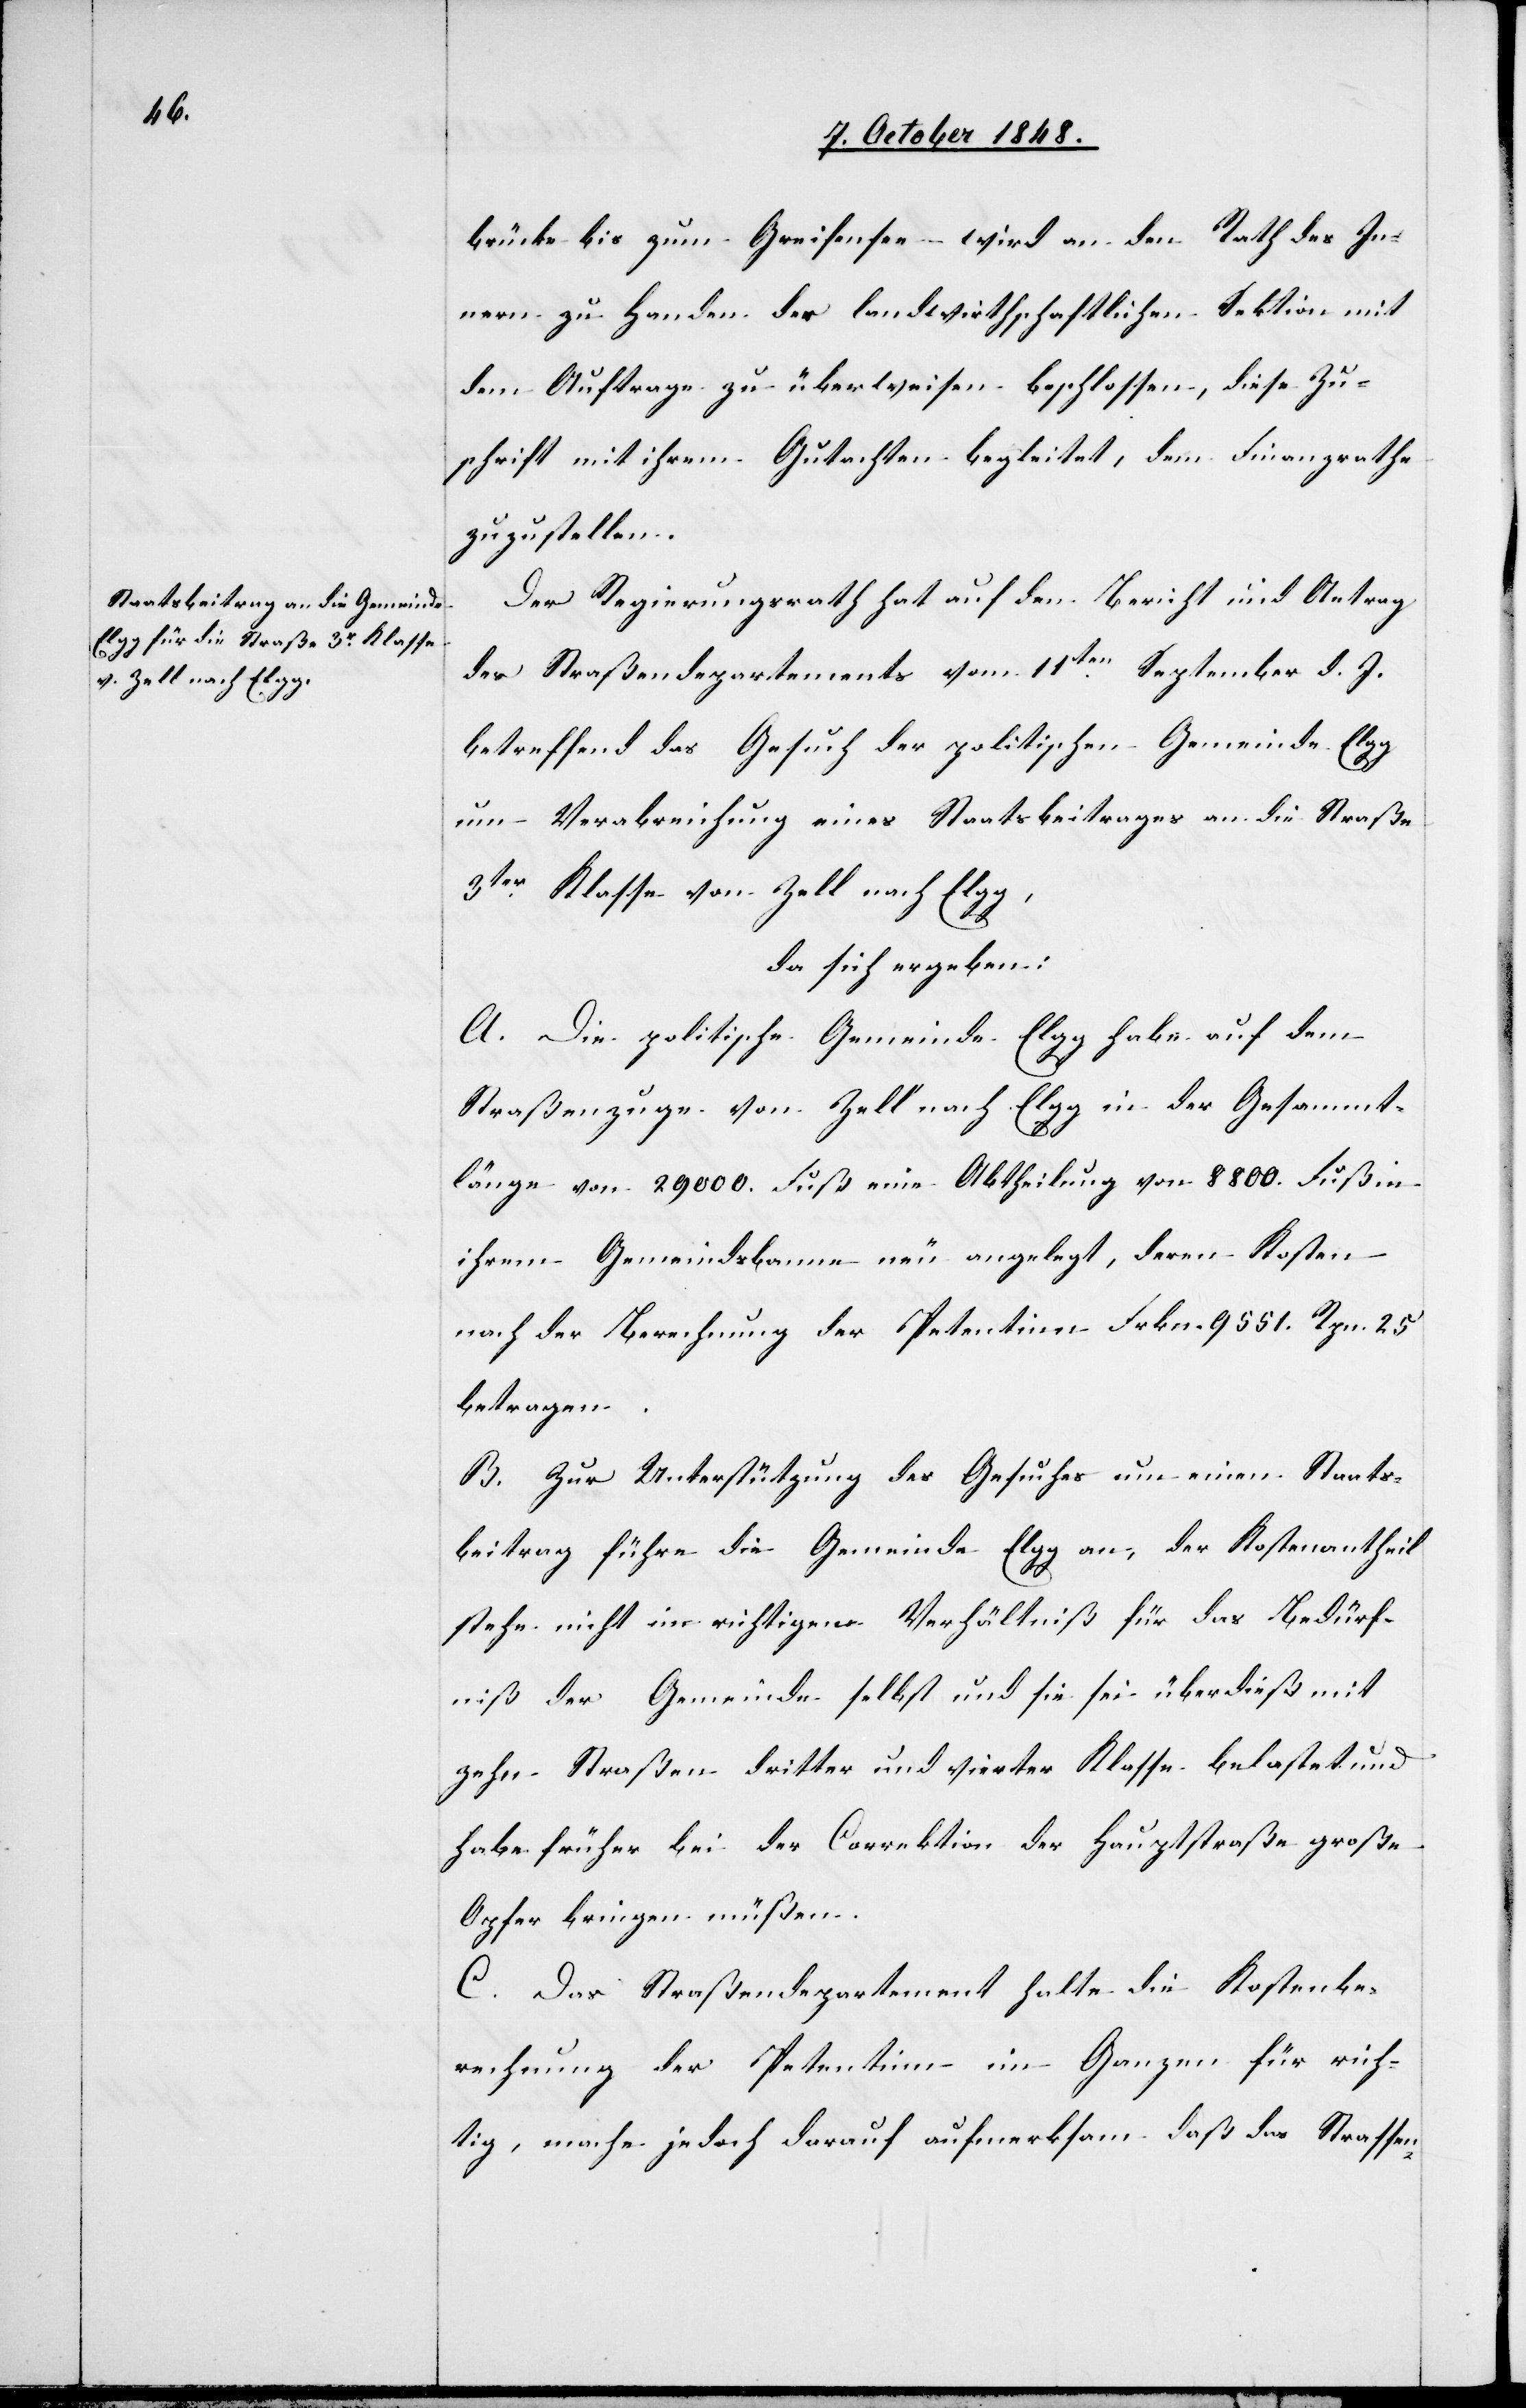
brücke bis zum Greifensee wird an den Rath des In¬
nern zu Handen der landwirthschaftlichen Sektion mit
dem Auftrage zu überweisen beschlossen, diese Zu¬
schrift mit ihrem Gutachten begleitet, dem Finanzrathe
zuzustellen.
Der Regierungsrath hat auf den Bericht und Antrag
des Straßendepartements vom 11ten September d. J.
betreffend das Gesuch der politischen Gemeinde Elgg
um Verabreichung eines Staatsbeitrages an die Straße
3ter Klasse von Zell nach Elgg,
da sich ergeben:
A. Die politische Gemeinde Elgg habe auf dem
Straßenzuge von Zell nach Elgg in der Gesammt¬
länge von 29000. Fuß eine Abtheilung von 8800. Fuß in
ihrem Gemeindsbanne neu angelegt, deren Kosten
nach der Berechnung der Petentinn Frkn. 9551. Rpn. 25.
betragen.
B. Zur Unterstützung des Gesuches um einen Staats¬
beitrag führe die Gemeinde Elgg an, der Kostenantheil
stehe nicht im richtigen Verhältniß für das Bedürf¬
niß der Gemeinde selbst und sie sei überdieß mit
zehn Straßen dritter und vierter Klasse belastet und
habe früher bei der Correktion der Hauptstraße große
Opfer bringen müßen.
C. Das Straßendepartement halte die Kostenbe¬
rechnung der Petentinn im Ganzen für rich¬
tig, mache jedoch darauf aufmerksam daß das Strassen-